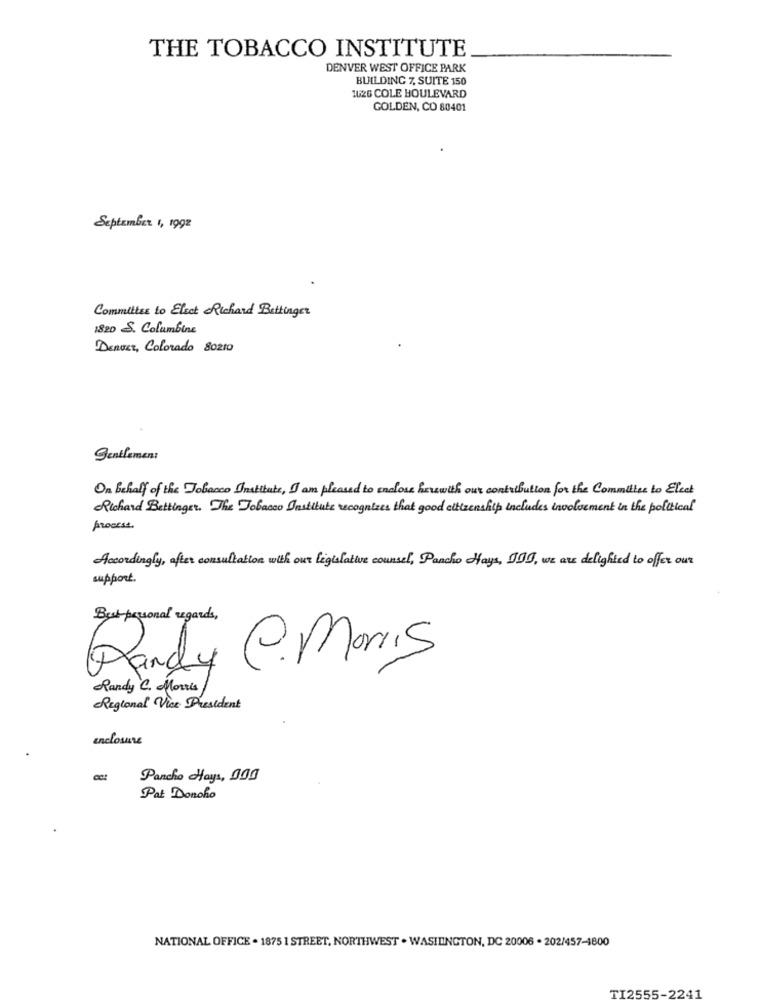
THE TOBACCO INSTITUTE
DENVER WEST OFFICE PARK
BUILDING 7, SUITE 150
1626 COLE BOULEVARD
GOLDEN, CO 80401
September 1, 1992
Committed to Elset Richard Bettinger
1820 S. Columbine
Denver, Colorado 80210
Gentlemen:
On behalf of the Tobacco Institute, I am pleased to enclose herwith our contribution for the Committee to Elect
Richard Bettinger. The Tobacco Institute recognizes that good citizenship includes involvement in the political
process.
Accordingly, after consultation with our legislative counsel, Pancho Hays, JAJ, we are delighted to offer our
support.
Bust personal regards,
Randy C. Morris
Randy C. Morris
Regional Vice President
enclosure
Pancho Hays, 000
Pat Donoho
NATIONAL OFFICE . 1875 1 STREET, NORTHWEST . WASINGTON, DC 20006 . 202/457-4800
TI2555-2241